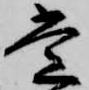
堂